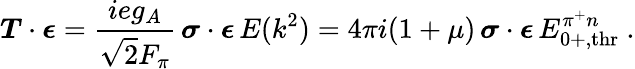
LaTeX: \boldsymbol{T}\cdot\boldsymbol{\epsilon}=\frac{ieg_{A}}{\sqrt{2}F_{\pi}}\, \boldsymbol{\sigma}\cdot\boldsymbol{\epsilon}\, E(k^{2})=4\pi i(1+\mu)\, \boldsymbol{\sigma}\cdot\boldsymbol{\epsilon}\, E_{0+,\mathrm{thr}}^{\pi^{+}n}~.